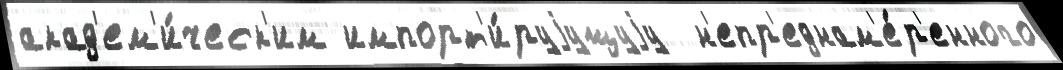
акад'ем'и́ческ'им импорт'и́руjущуjу  н'епр'еднам'е́р'енного